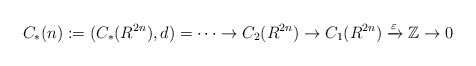
\begin{align*}C_{*}(n) := (C_{*}(R^{2n}), d) = \cdots \rightarrow C_{2}(R^{2n}) \rightarrow C_{1}(R^{2n}) \xrightarrow{\varepsilon} \mathbb{Z} \rightarrow 0 \end{align*}